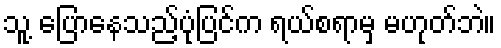
သူ့ ပြောနေသည့်ပုံပြင်က ရယ်စရာမှ မဟုတ်ဘဲ။